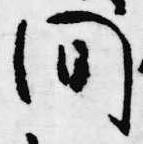
間